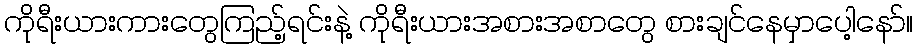
ကိုရီးယားကားတွေကြည့်ရင်းနဲ့ ကိုရီးယားအစားအစာတွေ စားချင်နေမှာပေါ့နော်။